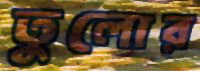
তুলোর